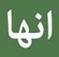
انها